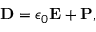
\mathbf { D } = \epsilon _ { 0 } \mathbf { E } + \mathbf { P } ,